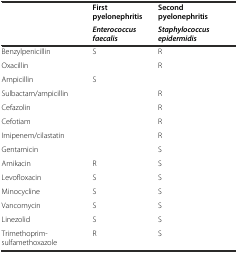
<table><thead><tr><td rowspan="2"></td><td><b>First pyelonephritis</b></td><td><b>Second pyelonephritis</b></td></tr><tr><td><b><i>Enterococcus faecalis</i></b></td><td><b><i>Staphylococcus epidermidis</i></b></td></tr></thead><tbody><tr><td>Benzylpenicillin</td><td>S</td><td>R</td></tr><tr><td>Oxacillin</td><td></td><td>R</td></tr><tr><td>Ampicillin</td><td>S</td><td></td></tr><tr><td>Sulbactam/ampicillin</td><td></td><td>R</td></tr><tr><td>Cefazolin</td><td></td><td>R</td></tr><tr><td>Cefotiam</td><td></td><td>R</td></tr><tr><td>Imipenem/cilastatin</td><td></td><td>R</td></tr><tr><td>Gentamicin</td><td></td><td>S</td></tr><tr><td>Amikacin</td><td>R</td><td>S</td></tr><tr><td>Levofloxacin</td><td>S</td><td>S</td></tr><tr><td>Minocycline</td><td>S</td><td>S</td></tr><tr><td>Vancomycin</td><td>S</td><td>S</td></tr><tr><td>Linezolid</td><td>S</td><td>S</td></tr><tr><td>Trimethoprim-sulfamethoxazole</td><td>R</td><td>S</td></tr></tbody></table>